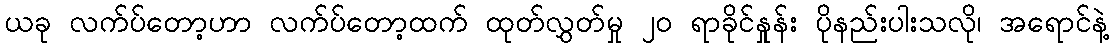
ယခု လက်ပ်တော့ဟာ လက်ပ်တော့ထက် ထုတ်လွှတ်မှု ၂၀ ရာခိုင်နှုန်း ပိုနည်းပါးသလို၊ အရောင်နဲ့